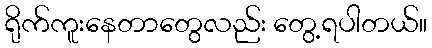
ရိုက်ကူးနေတာတွေလည်း တွေ့ရပါတယ်။